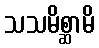
သသမိစ္ဆာမိ